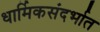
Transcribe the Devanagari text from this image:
धार्मिकसंदर्भात